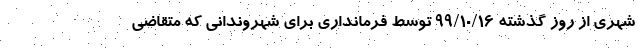
شهری از روز گذشته 99/10/16 توسط فرمانداری برای شهروندانی که متقاضی